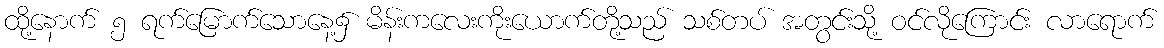
ထို့နောက် ၅ ရက်မြောက်သောနေ့၌ မိန်းကလေးကိုးယောက်တို့သည် သစ်တပ် အတွင်းသို့ ဝင်လိုကြောင်း လာရောက်